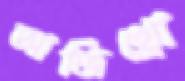
আজিথ্রো